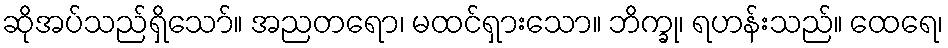
ဆိုအပ်သည်ရှိသော်။ အညတရော၊ မထင်ရှားသော။ ဘိက္ခု၊ ရဟန်းသည်။ ထေရေ၊